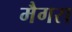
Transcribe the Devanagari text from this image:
मैगरा